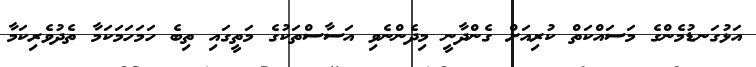
އަޅުގަނޑުމެންގެ މަސައްކަތް ކުރިއަށް ގެންދާނީ މިދެންނެވި އަސާސްތަކުގެ މަތީގައި ތިބެ ހަމަހަމަކަމާ ތެދުވެރިކަމާ